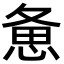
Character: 惫